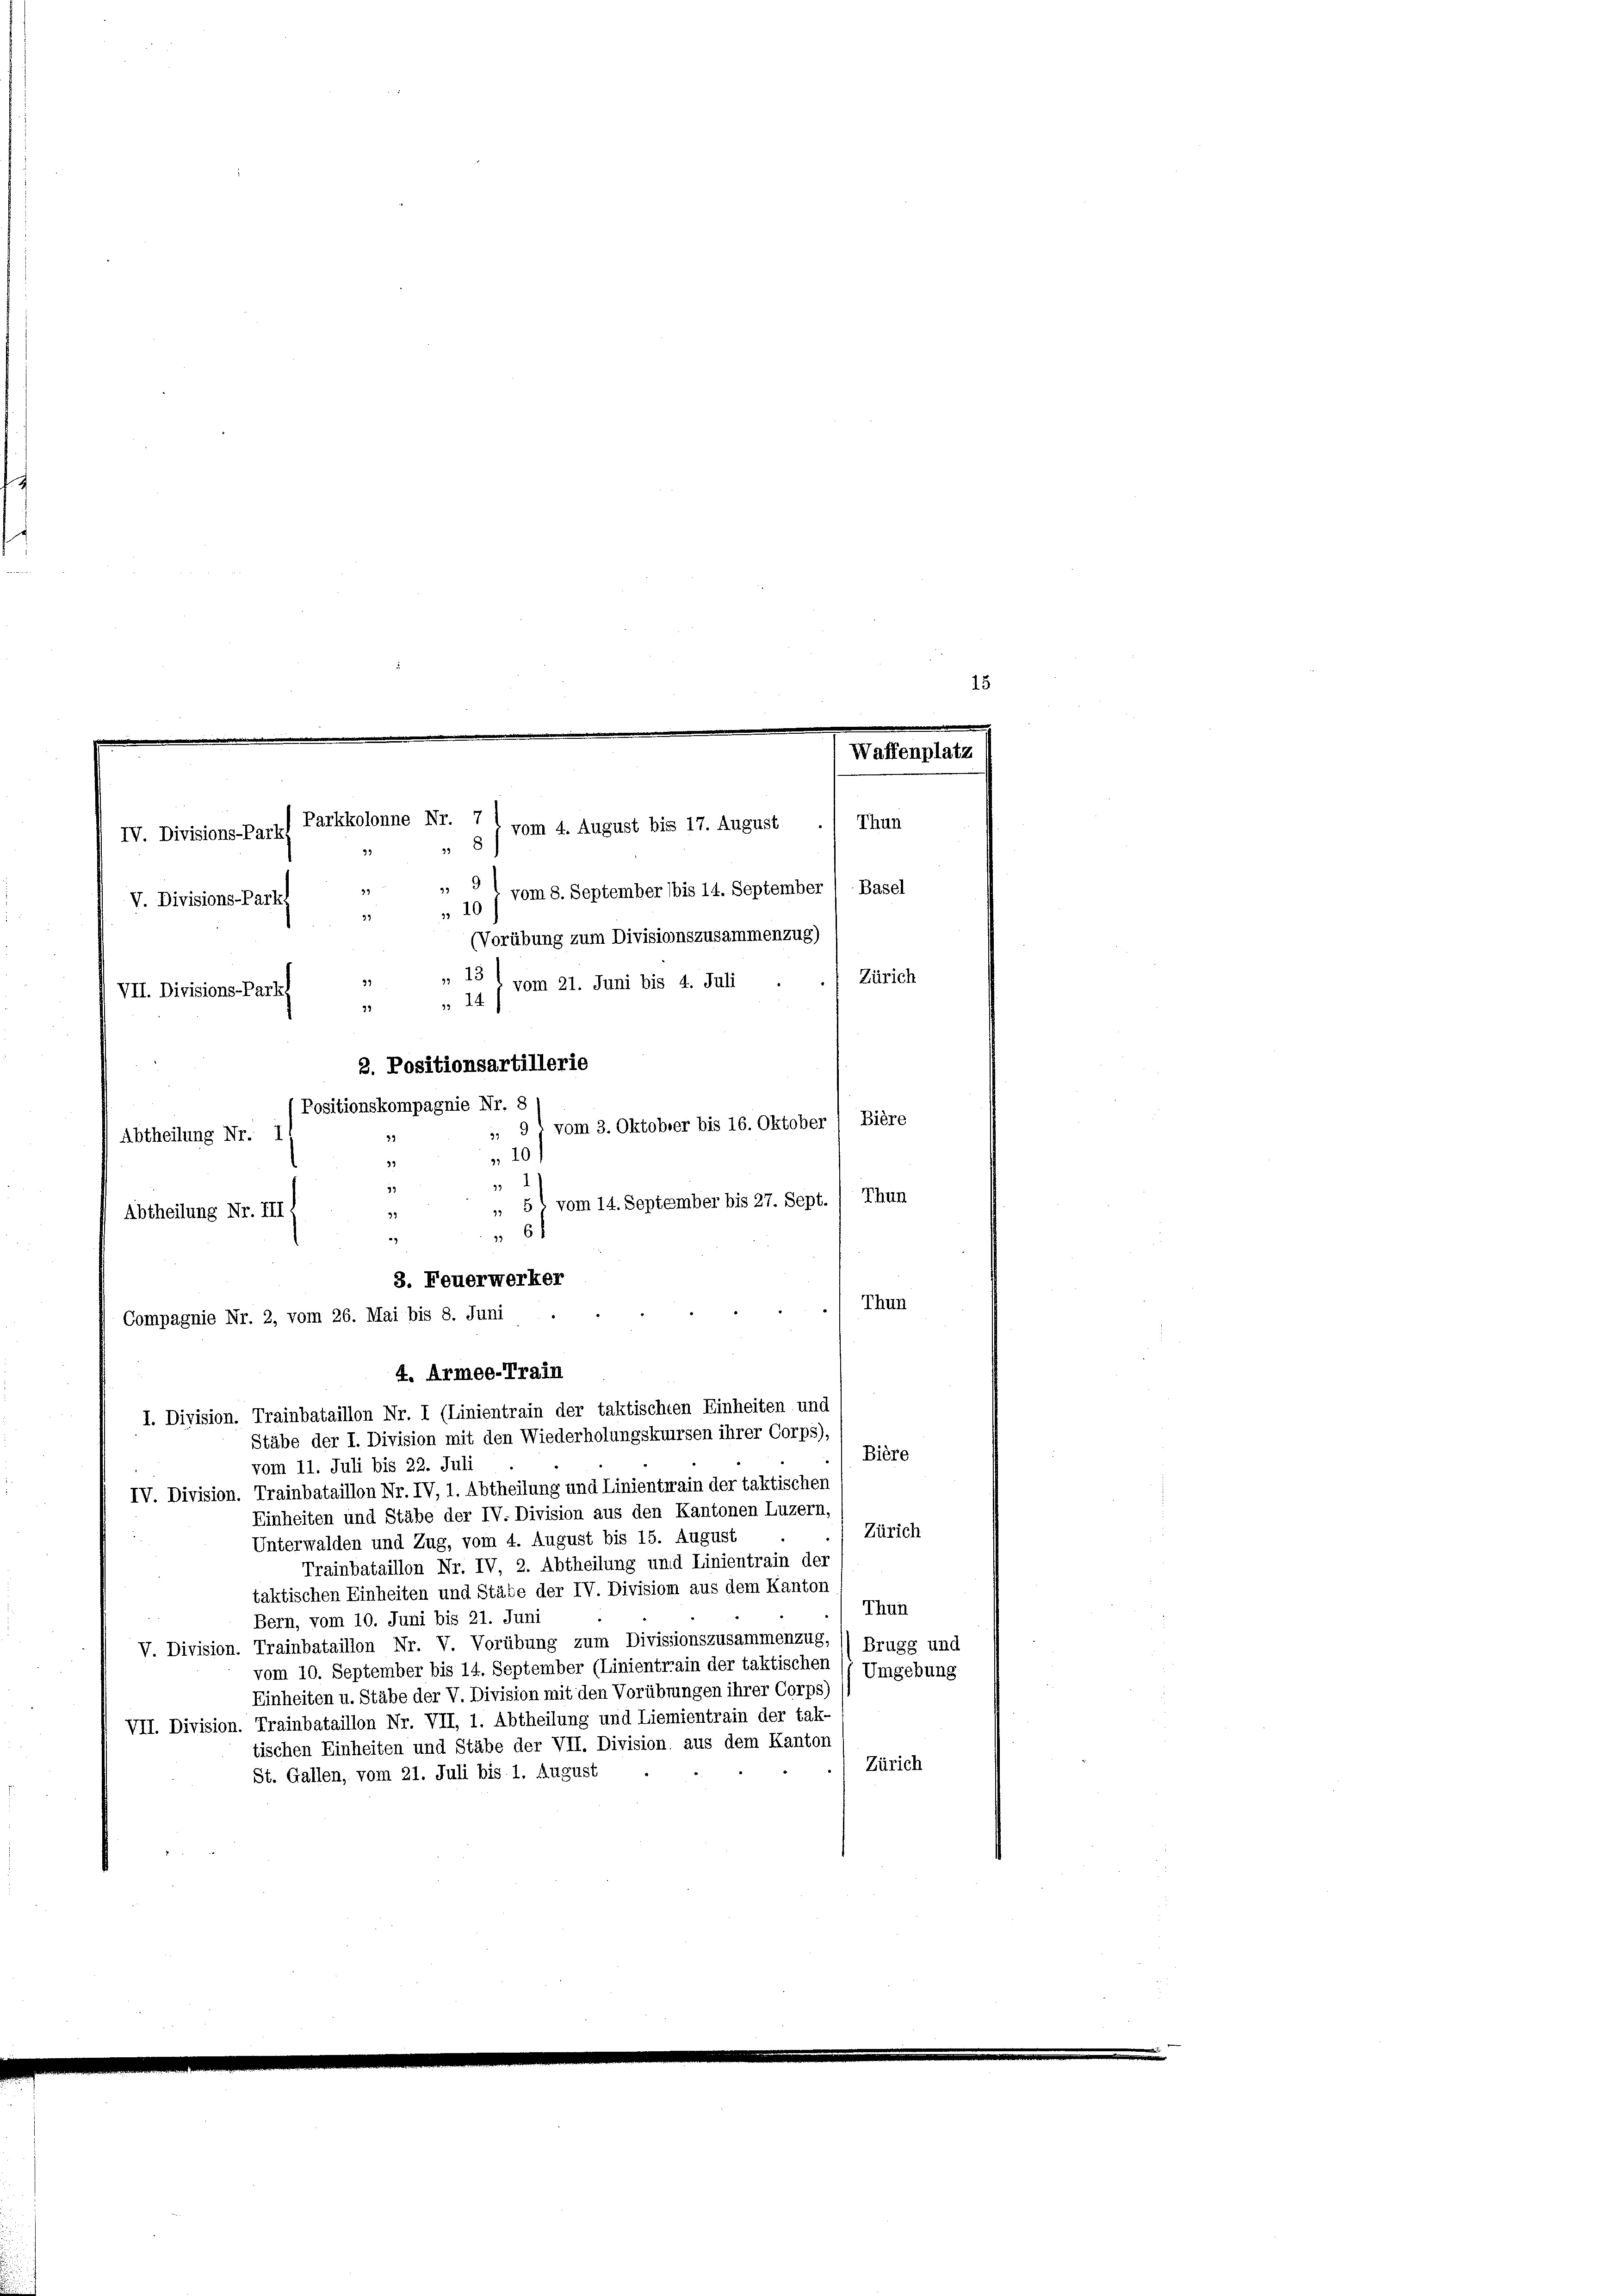
Parkkolonne Nr. 7 ( vom 4. August bis 17. August
IV. Divisions-Parkf
8

93
9
99
 19 j vom 5. September (bis 14. September (Basel
V. Divisions-Parkf
39
(Vorübung zum Divisionszusammenzug)
13
Zürich
39
vom 21. Juni bis 4. Juli
VII. Divisions-Park
 14/
92
3. Positionsartillerie
Positionskompagnie Nr.:
9' vom 3. Oktober bis 16. Oktober 1 Bière
Abtheilung Nr. 1
39
10)
93
.
 5 : vom 14. September bis 27. Sept. / Thun
Abtheilung Nr. III 1
39
6
Thun
Compagnie Nr. 2, vom 26. Mai bis 8. Juni
4. Armee-Train
I. Division. Trainbataillon Nr. I (Linientrain der taktischen Einheiten und
Stäbe der I. Division mit den Wiederholungskursen ihrer Corps),
Bière
vom 11. Juli bis 22. Juli
IV. Division. Trainbataillon Nr. IV, 1. Abtheilung und Linienterain der taktischen
Einheiten und Stäbe der IV. Division aus den Kantonen Luzern,
Zürich
Unterwalden und Zug, vom 4. August bis 15. August
Trainbataillon Nr. IV, 2. Abtheilung und Linientrain der
taktischen Einheiten und Stäbe der IV. Divisiom aus dem Kanton
Thun
Bern, vom 10. Juni bis 21. Juni
V. Division. Trainbataillon Nr. V. Vorübung zum Divissionszusammenzug, *) Brugg und
vom 10. September bis 14. September (Linientrain der taktischen (7 Umgebung
Einheiten u. Stäbe der V. Division mit den Vorübrungen ihrer Corps)
VII. Division. Trainbataillon Nr. VII, 1. Abtheilung und Liemientrain der tak-
tischen Einheiten und Stäbe der VII. Division, aus dem Kanton
Zürich
St. Gallen, vom 21. Juli bis 1. August

33
2
3. Feuerwerker

Thun

15